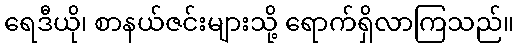
ရေဒီယို၊ စာနယ်ဇင်းများသို့ ရောက်ရှိလာကြသည်။